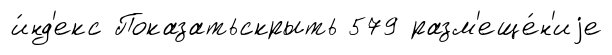
и́нд'екс Показатьскрыть 579 разм'еще́н'иjе